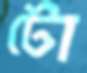
টো